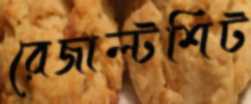
রেজাল্টশিট